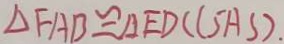
\Delta F A B \cong \Delta E D C ( S A S )